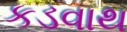
કડવાથ